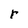
Character: r